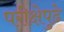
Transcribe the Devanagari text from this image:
परीक्षेपुढे